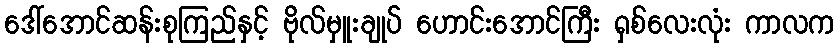
ဒေါ်အောင်ဆန်းစုကြည်နှင့် ဗိုလ်မှူးချုပ် ဟောင်းအောင်ကြီး ရှစ်လေးလုံး ကာလက